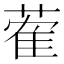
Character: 蒮